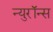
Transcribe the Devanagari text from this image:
न्युरॉन्स